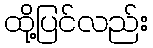
ထို့ပြင်လည်း